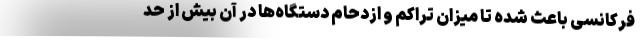
فرکانسی باعث شده تا میزان تراکم و ازدحام دستگاه‌ها در آن بیش از حد